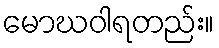
မောဃဝါရတည်း။